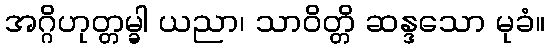
အဂ္ဂိဟုတ္တမ္ခါ ယညာ၊ သာဝိတ္တိ ဆန္ဒသော မုခံ။